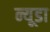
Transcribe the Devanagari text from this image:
न्यूडा